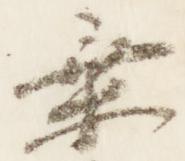
乗